Indian journal of veterinary science and animal husbandry - Volumes 28-29, 1958-1959
Year: 1958
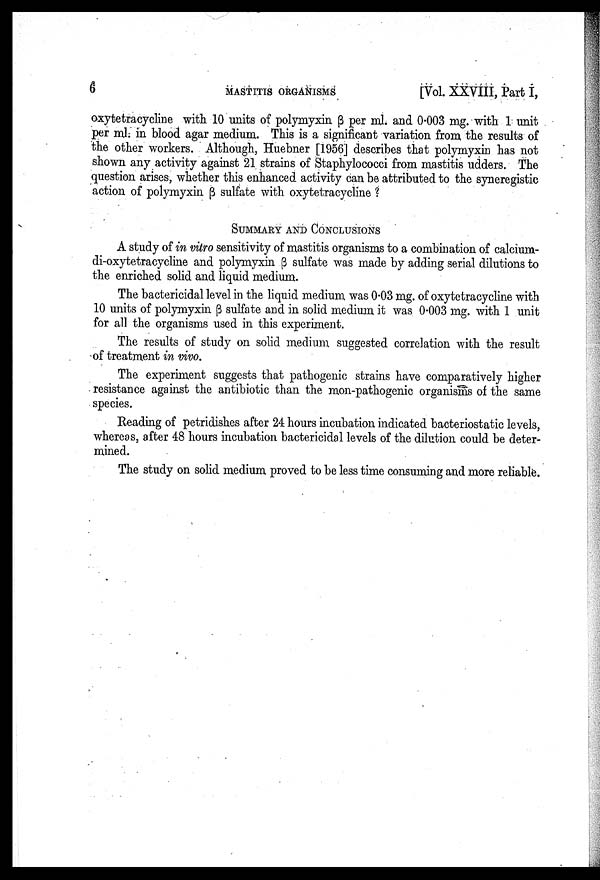
6
MASTITIS
ORGANISMS
[Vol. XXVIII, Part I,
oxytetracycline with 10 units of polymyxin β per ml. and 0.003 mg. with 1 unit
per ml. in blood agar medium. This is a significant variation from the results of
the other workers. Although, Huebner [1956] describes that polymyxin has not
shown any activity against 21 strains of Staphylococci from mastitis udders. The
question arises, whether this enhanced activity can be attributed to the synergistic
action of polymyxin β sulfate with oxytetracycline?
SUMMARY AND CONCLUSIONS
A study of in vitro sensitivity of mastitis organisms to a combination of calcium-
di-oxytetracycline and polymyxin β sulfate was made by adding serial dilutions to
the enriched solid and liquid medium.
The bactericidal level in the liquid medium was 0.03 mg. of oxytetracycline with
10 units of polymyxin β sulfate and in solid medium it was 0.003 mg. with 1 unit
for all the organisms used in this experiment.
The results of study on solid medium suggested correlation with the result
of treatment in vivo.
The experiment suggests that pathogenic strains have comparatively higher
resistance against the antibiotic than the mon-pathogenic organisms of the same
species.
Reading of petridishes after 24 hours incubation indicated bacteriostatic levels,
whereas, after 48 hours incubation bactericidal levels of the dilution could be deter
mined.
The study on solid medium proved to be less time consuming and more reliable.